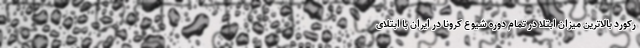
رکورد بالاترین میزان ابتلا در تمام دوره شیوع کرونا در ایران با ابتلای